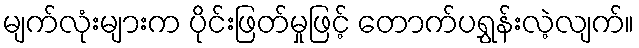
မျက်လုံးများက ပိုင်းဖြတ်မှုဖြင့် တောက်ပရွှန်းလဲ့လျက်။